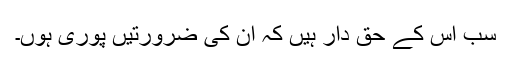
سب اس کے حق دار ہیں کہ ان کی ضرورتیں پوری ہوں۔